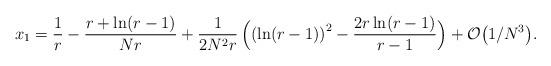
LaTeX: \begin{align*}x_1 = {1\over r} - {r + \ln (r-1)\over N r} + {1\over 2N^2 r}\,\Bigl( \left( \ln (r-1) \right) ^2 - {2 r \ln(r-1)\over r-1} \Bigr)+ {\cal O}\bigl(1/N^3 \bigr).\end{align*}